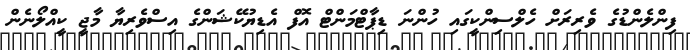
ފިންލެންޑުގެ ވެރިރަށް ހެލްސިންކީގައި ހުންނަ ޑިޕާޓްމަންޓް އޮފް އެޑިޔުކޭޝަންގެ އިސްވެރިޔާ މާޖީ ކީއްލޯނެން